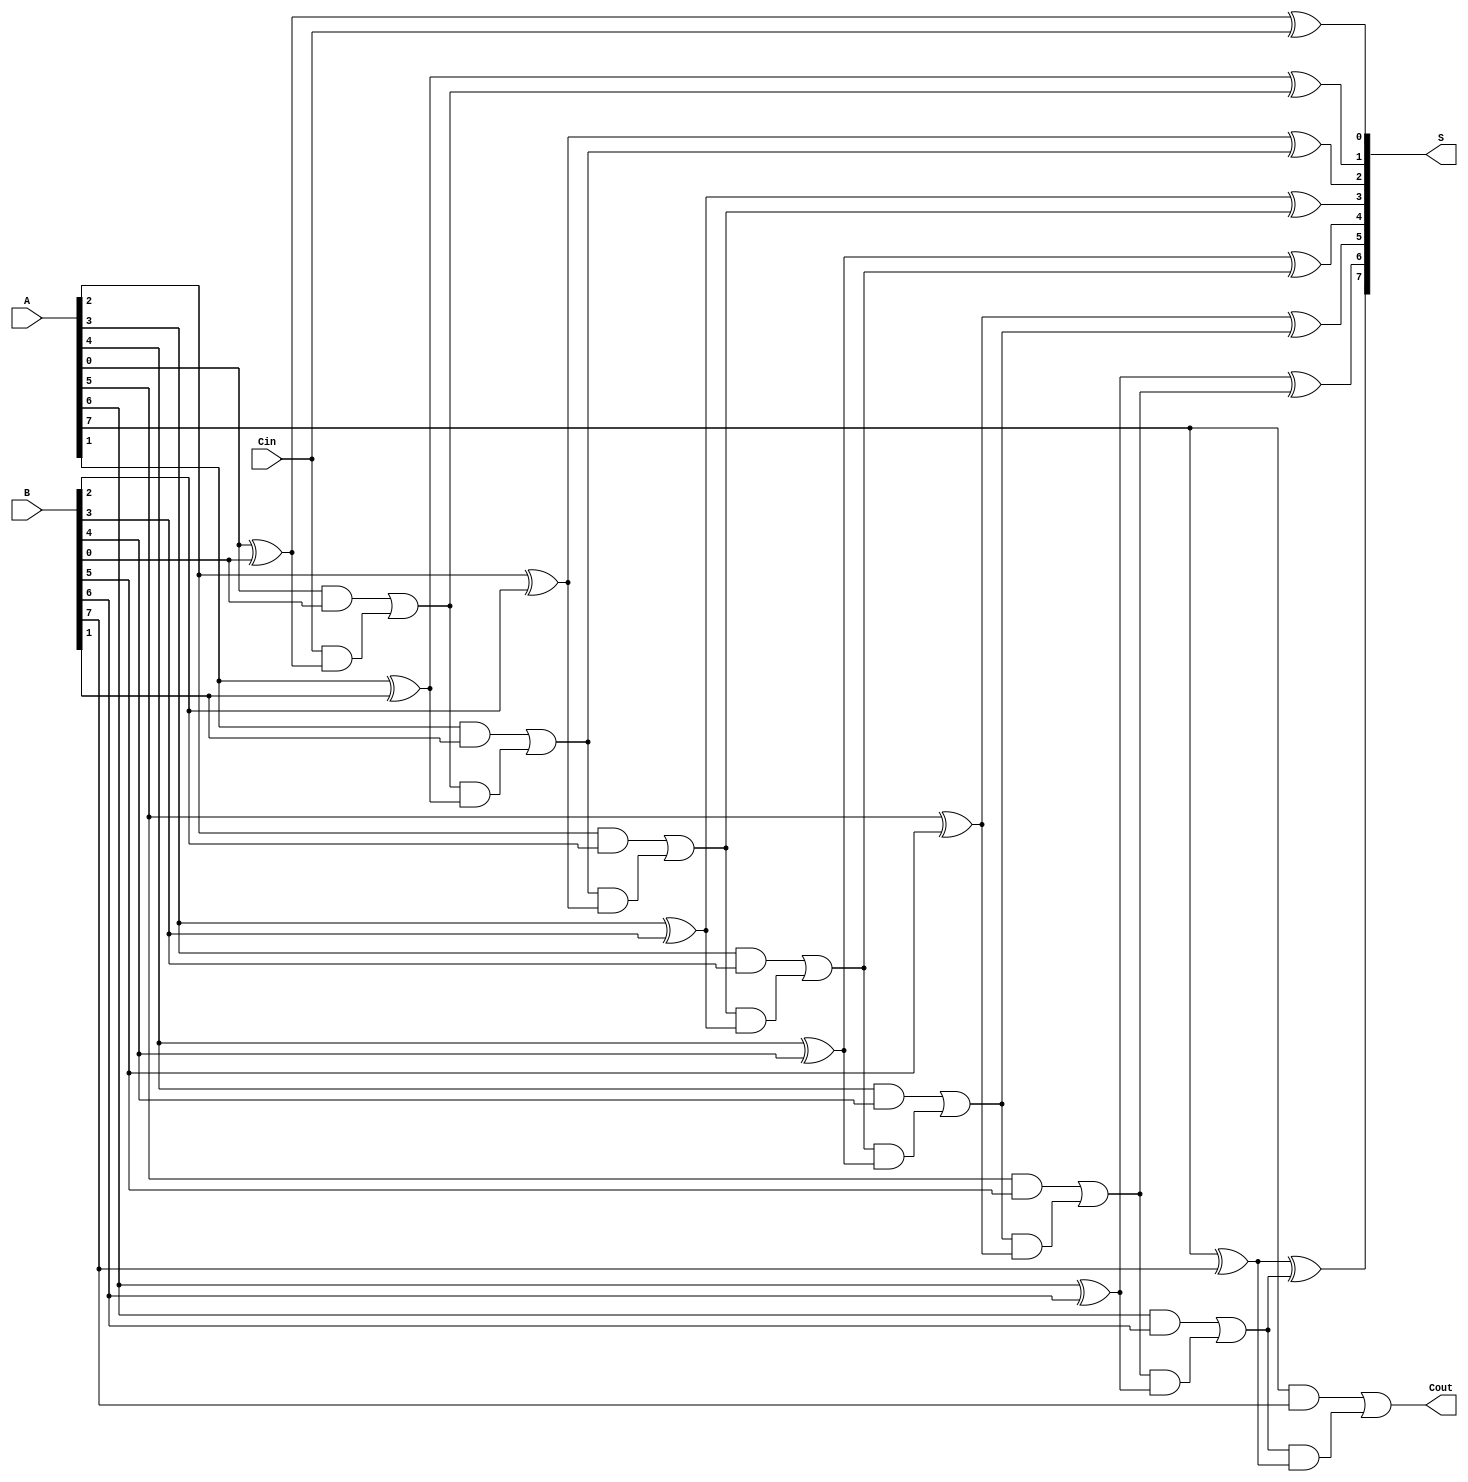
module ManchesterCarryChainAdder #(
    parameter N = 8 // Define the width of the adder
)(
    input  [N-1:0] A,     // First operand
    input  [N-1:0] B,     // Second operand
    input          Cin,    // Carry-in
    output [N-1:0] S,     // Sum output
    output         Cout     // Carry-out
);

    wire [N:0] C; // Carry wires, C[N] is the carry-out

    assign C[0] = Cin; // Initialize the first carry-in

    // Generate the sum and carry for each bit
    genvar i;
    generate
        for (i = 0; i < N; i = i + 1) begin: adder_loop
            // Sum calculation
            assign S[i] = A[i] ^ B[i] ^ C[i];

            // Carry calculation using Manchester Carry Chain logic
            assign C[i+1] = (A[i] & B[i]) | (C[i] & (A[i] ^ B[i]));
        end
    endgenerate

    assign Cout = C[N]; // Final carry-out

endmodule